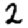
Digit: 2